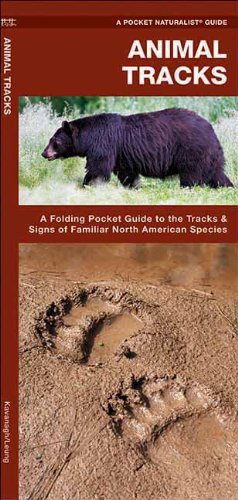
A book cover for Animal Tracks: A Folding Pocket Guide to the Tracks & Signs of Familiar North American Species (Pocket Naturalist Guide Series); James Kavanagh; Science & Math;